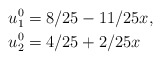
\begin{align*} u_1^{0} &=8/25-11/25x, \\ u_2^{0} &=4/25+2/25x \end{align*}